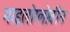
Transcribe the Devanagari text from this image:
माइलोग्लोबीन